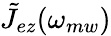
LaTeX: \tilde{J}_{ez}(\omega_{mw})